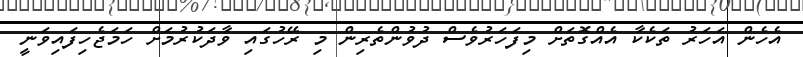
އެހެން އަހަރު ތަކެކާ އެއްގޮތަށް މިފަހަރުވެސް ދުވުންތެރިން މި ރޭހުގައި ވާދަކުރުމަށް ހަމަޖެހިފައިވަނީ